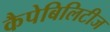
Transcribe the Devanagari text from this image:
कैपेबिलिटीज